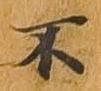
不